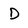
Character: D